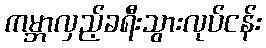
ကမ္ဘာလှည့်ခရီးသွားလုပ်ငန်း